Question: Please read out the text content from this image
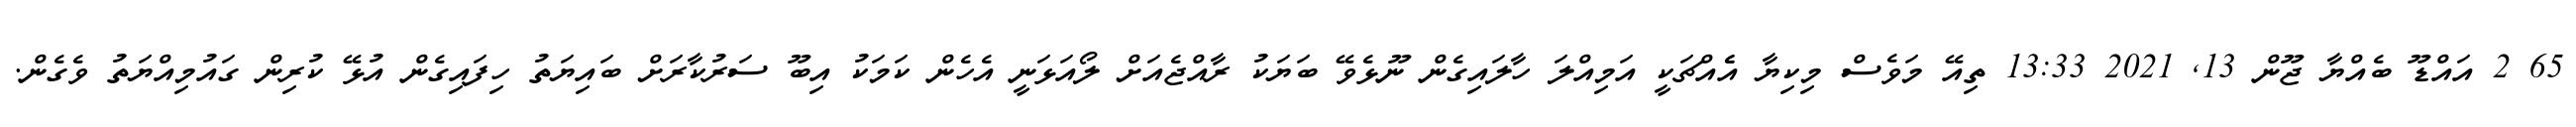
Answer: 65 2 އައްޑޫ ބެއްޔާ ޖޫން 13, 2021 13:33 ތިއޭ މަވެސް މިކިޔާ އެެއްޗަކީ އަމިއްލަ ހާލައިގެން ނޫޅެވޭ ބަޔަކު ރާއްޖެއަށް ލޯއަޅަނީ އެހެން ކަމަކު އިބޫ ސަރުކާރަށް ބައިޔަތު ހިފައިގެން އުޅޭ ކުރިން ގައުމިއްޔަތު ވެގެން.